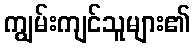
ကျွမ်းကျင်သူများ၏